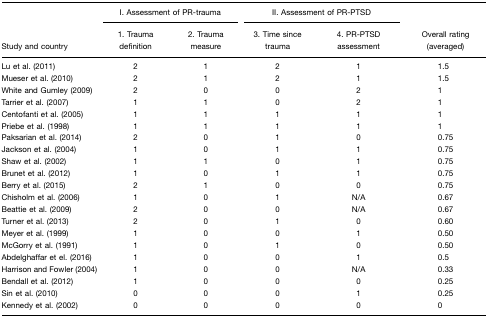
| <ROWSPAN=3> Study and country | <COLSPAN=2> I. Assessment of PR-trauma | <COLSPAN=2> II. Assessment of PR-PTSD | <ROWSPAN=3> Overall rating (averaged) |
 | 1. Trauma definition | 2. Trauma measure | 3. Time since trauma | 4. PR-PTSD assessment |
 | --- | --- | --- | --- | --- | --- |
 | Lu et al. (2011) | 2 | 1 | 2 | 1 | 1.5 |
 | Mueser et al. (2010) | 2 | 1 | 2 | 1 | 1.5 |
 | White and Gumley (2009) | 2 | 0 | 0 | 2 | 1 |
 | Tarrier et al. (2007) | 1 | 1 | 0 | 2 | 1 |
 | Centofanti et al. (2005) | 1 | 1 | 1 | 1 | 1 |
 | Priebe et al. (1998) | 1 | 1 | 1 | 1 | 1 |
 | Paksarian et al. (2014) | 2 | 0 | 1 | 0 | 0.75 |
 | Jackson et al. (2004) | 1 | 0 | 1 | 1 | 0.75 |
 | Shaw et al. (2002) | 1 | 1 | 0 | 1 | 0.75 |
 | Brunet et al. (2012) | 1 | 0 | 1 | 1 | 0.75 |
 | Berry et al. (2015) | 2 | 1 | 0 | 0 | 0.75 |
 | Chisholm et al. (2006) | 1 | 0 | 1 | N/A | 0.67 |
 | Beattie et al. (2009) | 2 | 0 | 0 | N/A | 0.67 |
 | Turner et al. (2013) | 2 | 0 | 1 | 0 | 0.60 |
 | Meyer et al. (1999) | 1 | 0 | 0 | 1 | 0.50 |
 | McGorry et al. (1991) | 1 | 0 | 1 | 0 | 0.50 |
 | Abdelghaffar et el. (2016) | 1 | 0 | 0 | 1 | 0.5 |
 | Harrison and Fowler (2004) | 1 | 0 | 0 | N/A | 0.33 |
 | Bendall et al. (2012) | 1 | 0 | 0 | 0 | 0.25 |
 | Sin et al. (2010) | 0 | 0 | 0 | 1 | 0.25 |
 | Kennedy et al. (2002) | 0 | 0 | 0 | 0 | 0 |